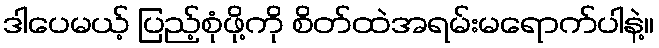
ဒါပေမယ့် ပြည့်စုံဖို့ကို စိတ်ထဲအရမ်းမရောက်ပါနဲ့။